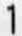
1